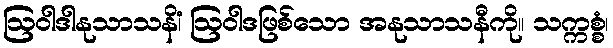
ဩဝါဒါနုသာသနိံ၊ ဩဝါဒဖြစ်သော အနုသာသနီကို။ သက္ကစ္စံ၊